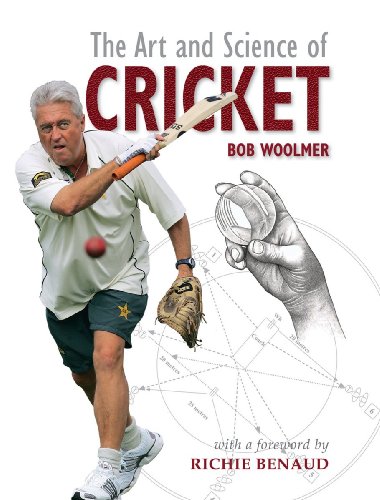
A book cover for The Art and Science of Cricket; Bob Woolmer; Sports & Outdoors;